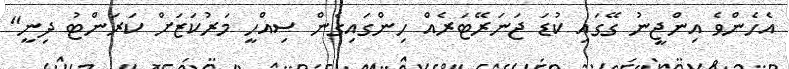
އެހެންވެ އިންޖީނު ގޭގައި ކުޑަ ޖަނަރޭޓަރެއް ހިންގައިގެން ސިއްހީ މަރުކަޒަށް ކަރަންޓު ދިނީ"